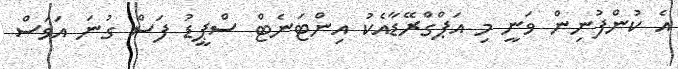
އެ ކުންފުނިން ވަނީ މި އަޕްގްރޭޑާއެކު އިންޓަނެޓް ސްޕީޑު ފަސް ގުނަ އަވަސް